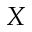
X